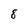
Character: 8